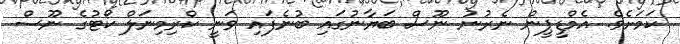
ކަމަށެވެ. އެމްޑީޕީން ނެރުނު ނޫސް ބަޔާނުގައި ބުނެފައި ވަނީ ކްރިމިނަލް ކޯޓުގެ ނޫސް